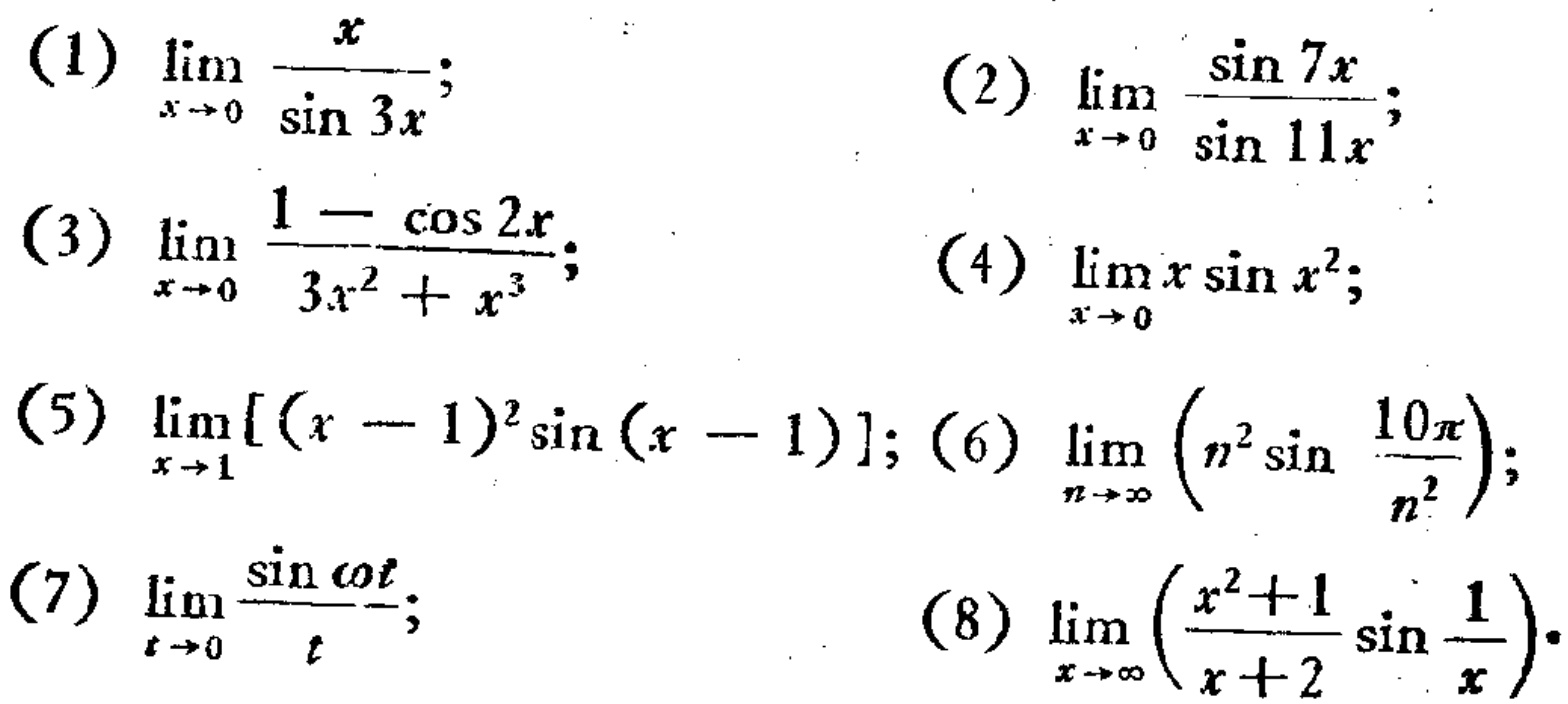
(1) \(\lim_{x \to 0} \frac{x}{\sin 3x}\);
(2) \(\lim_{x \to 0} \frac{\sin 7x}{\sin 11x}\);
(3) \(\lim_{x \to 0} \frac{1 - \cos 2x}{3x^{2}+x^{3}}\);
(4) \(\lim_{x \to 0} x\sin x^{2}\);
(5) \(\lim_{x \to 1}[(x - 1)^{2}\sin(x - 1)]\);
(6) \(\lim_{n \to \infty}(n^{2}\sin\frac{10\pi}{n^{2}})\);
(7) \(\lim_{t \to 0} \frac{\sin \cot t}{t}\);
(8) \(\lim_{x \to \infty}(\frac{x^{2}+1}{x + 2}\sin\frac{1}{x})\).